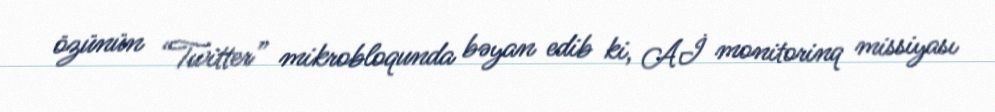
özünün “Twitter” mikrobloqunda bəyan edib ki, Aİ monitorinq missiyası